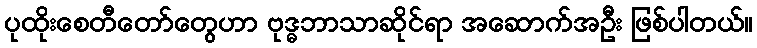
ပုထိုးစေတီတော်တွေဟာ ဗုဒ္ဓဘာသာဆိုင်ရာ အဆောက်အဦး ဖြစ်ပါတယ်။